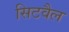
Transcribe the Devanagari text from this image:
सिटवैल